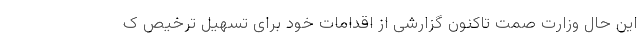
این حال وزارت صمت تاکنون گزارشی از اقدامات خود برای تسهیل ترخیص ک